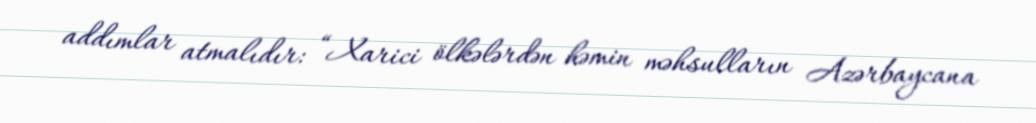
addımlar atmalıdır: “Xarici ölkələrdən həmin məhsulların Azərbaycana